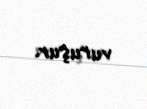
vuruşur.